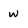
Character: w